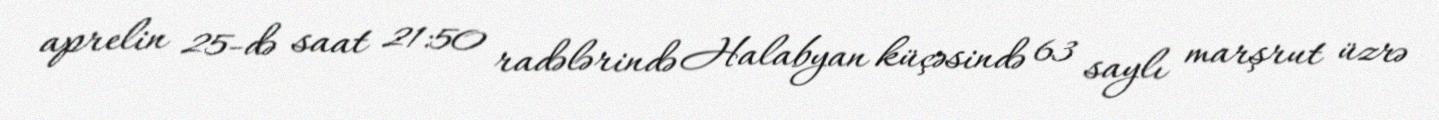
aprelin 25-də saat 21:50 radələrində Halabyan küçəsində 63 saylı marşrut üzrə